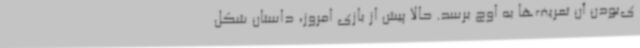
ی‌بودن آن تعریف‌ها به اوج برسد. حالا پیش از بازی امروز، داستان شکل